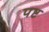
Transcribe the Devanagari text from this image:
पष्ट